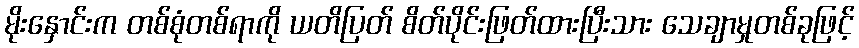
မိုးနှောင်းက တစ်စုံတစ်ရာကို ယတိပြတ် စိတ်ပိုင်းဖြတ်ထားပြီးသား သေချာမှုတစ်ခုဖြင့်